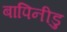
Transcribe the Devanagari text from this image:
बापिनीडु